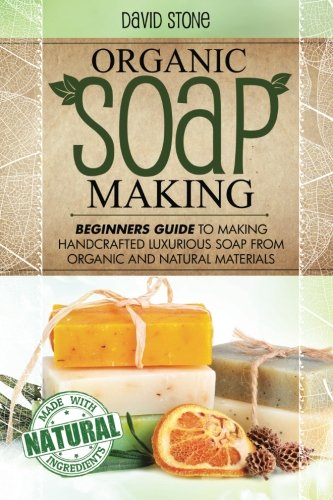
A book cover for Organic Soap Making: Beginners Guide To Making Handcrafted Luxurious Soap From Organic and Natural Materials; David Stone; Crafts, Hobbies & Home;